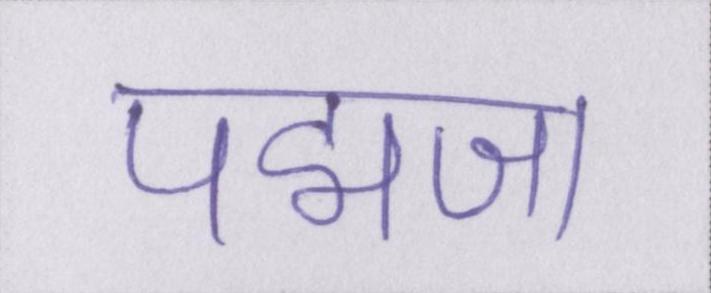
पद्मजा